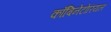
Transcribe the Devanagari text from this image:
काँबिनेटोरियल